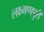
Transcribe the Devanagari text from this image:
लक्ष्मणपुरी